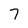
Character: 7